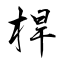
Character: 桿